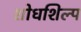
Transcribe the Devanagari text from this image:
शोधशिल्प